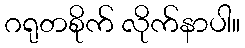
ဂရုတစိုက် လိုက်နာပါ။